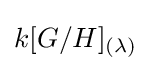
k[G/H]_{(\lambda )}